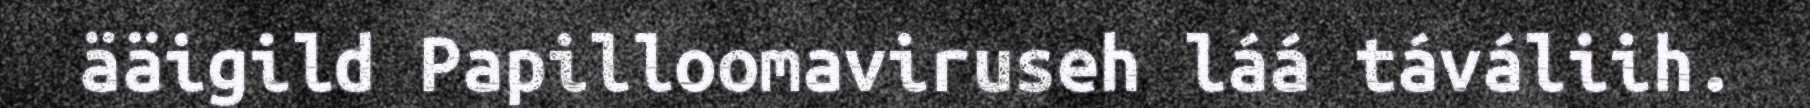
ääigild Papilloomaviruseh láá táváliih.